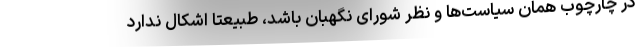
در چارچوب همان سیاست‌ها و نظر شورای نگهبان باشد، طبیعتاً اشکال ندارد